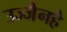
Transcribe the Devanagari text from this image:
उज्जैनहै